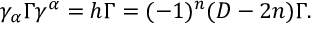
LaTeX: \gamma _ { \alpha } \Gamma \gamma ^ { \alpha } = h \Gamma = ( - 1 ) ^ { n } ( D - 2 n ) \Gamma .